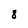
Character: 8